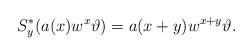
LaTeX: \begin{align*}S_y^*(a(x)w^x\vartheta)=a(x+y)w^{x+y}\vartheta.\end{align*}